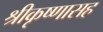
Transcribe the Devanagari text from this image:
श्रीकृष्णासह